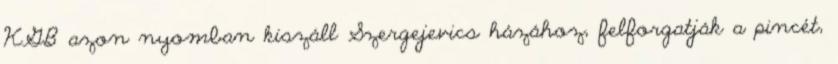
KGB azon nyomban kiszáll Szergejevics házához, felforgatják a pincét,